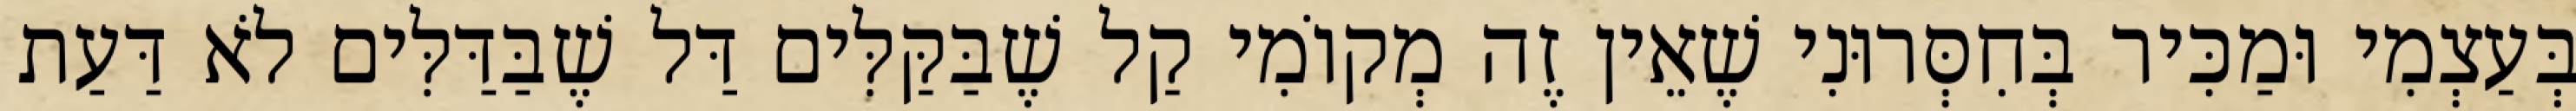
בְּעַצְמִי וּמַכִּיר בְּחִסְּרוּנִי שֶׁאֵין זֶה מְקוֹמִי קַל שֶׁבַּקַּלִּים דַּל שֶׁבַּדַּלִּים לֹא דַּעַת